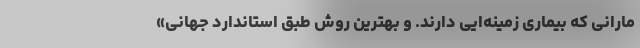
مارانی که بیماری زمینه‌ایی دارند. و بهترین روش طبق استاندارد جهانی»